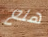
هلع